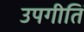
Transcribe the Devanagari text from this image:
उपगीतिं